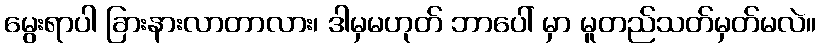
မွေးရာပါ ခြားနားလာတာလား၊ ဒါမှမဟုတ် ဘာပေါ် မှာ မူတည်သတ်မှတ်မလဲ။